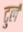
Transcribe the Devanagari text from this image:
टुर्ल